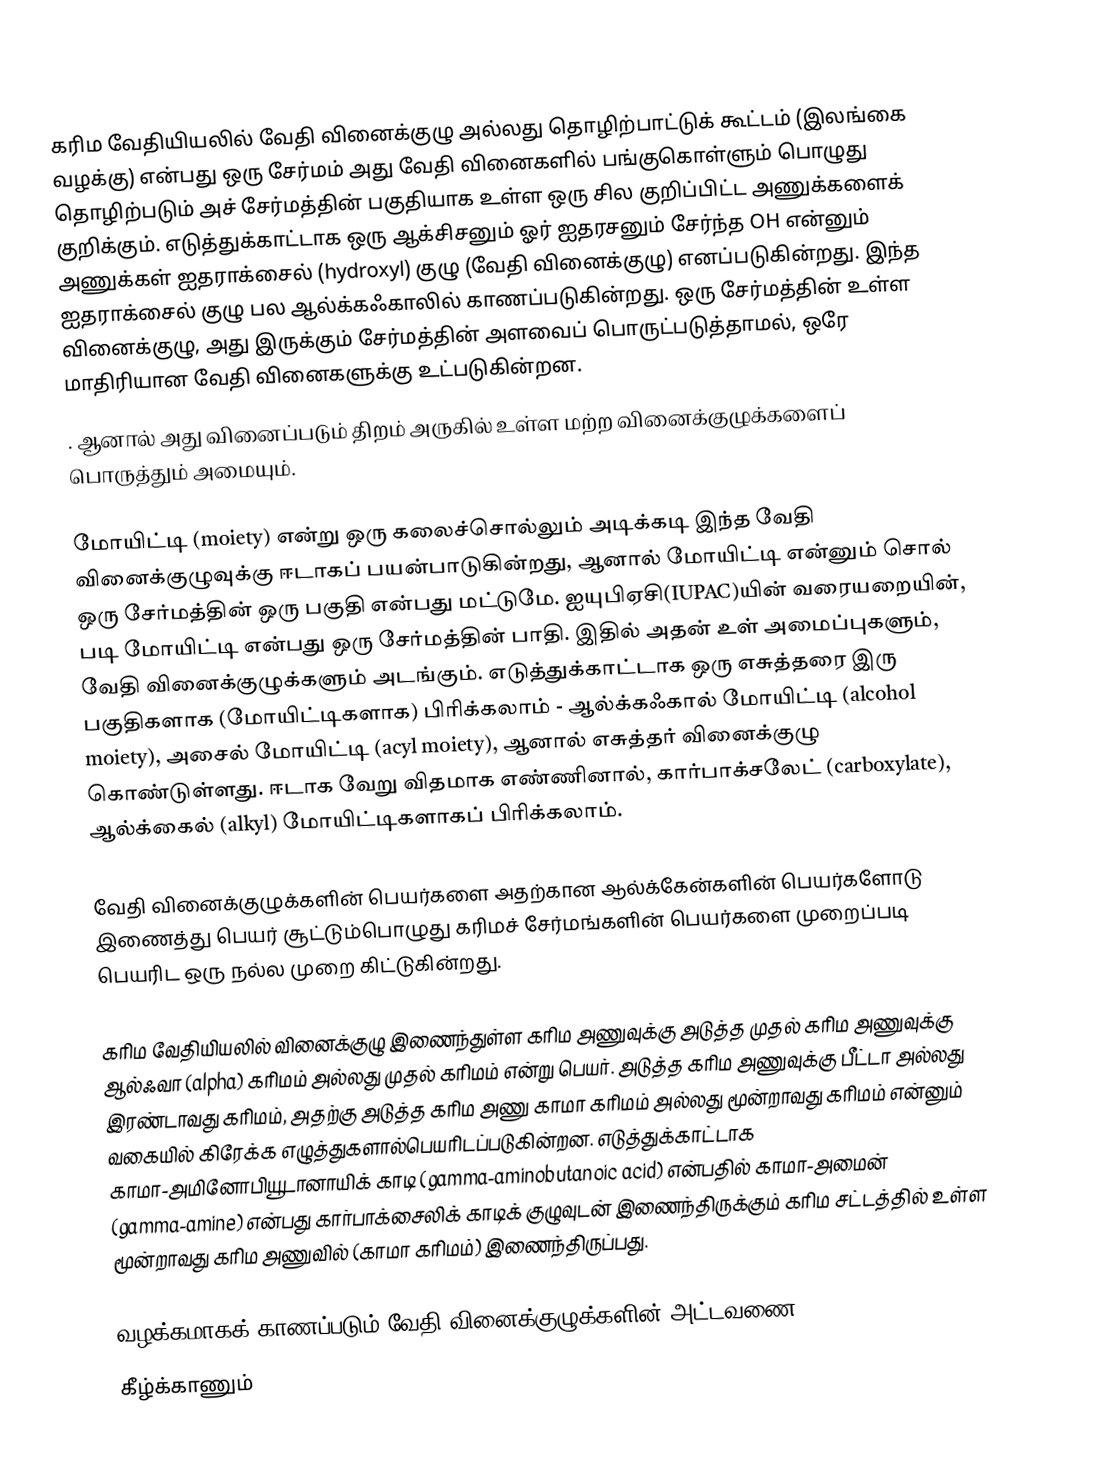
கரிம வேதியியலில் வேதி வினைக்குழு அல்லது தொழிற்பாட்டுக் கூட்டம் (இலங்கை வழக்கு) என்பது ஒரு சேர்மம் அது வேதி வினைகளில் பங்குகொள்ளும் பொழுது தொழிற்படும் அச் சேர்மத்தின் பகுதியாக உள்ள ஒரு சில குறிப்பிட்ட அணுக்களைக் குறிக்கும். எடுத்துக்காட்டாக ஒரு ஆக்சிசனும் ஓர் ஐதரசனும் சேர்ந்த OH என்னும் அணுக்கள் ஐதராக்சைல் (hydroxyl) குழு (வேதி வினைக்குழு) எனப்படுகின்றது. இந்த ஐதராக்சைல் குழு பல ஆல்க்கஃகாலில் காணப்படுகின்றது. ஒரு சேர்மத்தின் உள்ள வினைக்குழு, அது இருக்கும் சேர்மத்தின் அளவைப் பொருட்படுத்தாமல், ஒரே மாதிரியான வேதி வினைகளுக்கு உட்படுகின்றன.
. ஆனால் அது வினைப்படும் திறம் அருகில் உள்ள மற்ற வினைக்குழுக்களைப் பொருத்தும் அமையும்.

மோயிட்டி (moiety) என்று ஒரு கலைச்சொல்லும் அடிக்கடி இந்த வேதி வினைக்குழுவுக்கு ஈடாகப் பயன்பாடுகின்றது, ஆனால் மோயிட்டி என்னும் சொல் ஒரு சேர்மத்தின் ஒரு பகுதி என்பது மட்டுமே. ஐயுபிஏசி(IUPAC)யின் வரையறையின், படி மோயிட்டி என்பது ஒரு சேர்மத்தின் பாதி. இதில் அதன் உள் அமைப்புகளும், வேதி வினைக்குழுக்களும் அடங்கும். எடுத்துக்காட்டாக ஒரு எசுத்தரை இரு பகுதிகளாக (மோயிட்டிகளாக) பிரிக்கலாம் - ஆல்க்கஃகால் மோயிட்டி (alcohol moiety), அசைல் மோயிட்டி (acyl moiety), ஆனால் எசுத்தர் வினைக்குழு கொண்டுள்ளது. ஈடாக வேறு விதமாக எண்ணினால், கார்பாக்சலேட் (carboxylate), ஆல்க்கைல் (alkyl) மோயிட்டிகளாகப் பிரிக்கலாம்.

வேதி வினைக்குழுக்களின் பெயர்களை அதற்கான ஆல்க்கேன்களின் பெயர்களோடு இணைத்து பெயர் சூட்டும்பொழுது கரிமச் சேர்மங்களின் பெயர்களை முறைப்படி பெயரிட ஒரு நல்ல முறை கிட்டுகின்றது.

கரிம வேதியியலில் வினைக்குழு இணைந்துள்ள கரிம அணுவுக்கு அடுத்த முதல் கரிம அணுவுக்கு ஆல்ஃவா (alpha) கரிமம் அல்லது முதல் கரிமம் என்று பெயர். அடுத்த கரிம அணுவுக்கு பீட்டா அல்லது இரண்டாவது கரிமம், அதற்கு அடுத்த கரிம அணு காமா கரிமம் அல்லது மூன்றாவது கரிமம் என்னும் வகையில் கிரேக்க எழுத்துகளால்பெயரிடப்படுகின்றன. எடுத்துக்காட்டாக காமா-அமினோபியூடானாயிக் காடி (gamma-aminobutanoic acid) என்பதில் காமா-அமைன் (gamma-amine) என்பது கார்பாக்சைலிக் காடிக் குழுவுடன் இணைந்திருக்கும் கரிம சட்டத்தில் உள்ள மூன்றாவது கரிம அணுவில் (காமா கரிமம்) இணைந்திருப்பது.

வழக்கமாகக் காணப்படும் வேதி வினைக்குழுக்களின் அட்டவணை
கீழ்க்காணும்